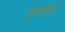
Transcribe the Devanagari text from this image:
वृत्तयर्थ